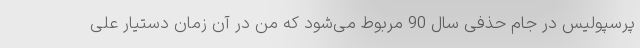
پرسپولیس در جام حذفی سال 90 مربوط می‌شود که من در آن زمان دستیار علی